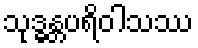
သုဒ္ဓန္တပရိဝါသဿ